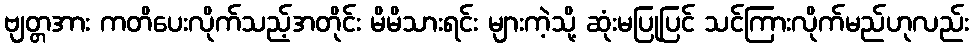
ဗျတ္တအား ကတိပေးလိုက်သည့်အတိုင်း မိမိသားရင်း များကဲ့သို့ ဆုံးမပြုပြင် သင်ကြားလိုက်မည်ဟုလည်း